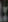
: